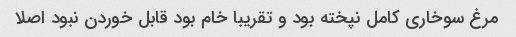
مرغ سوخاری کامل نپخته بود و تقریبا خام بود قابل خوردن نبود اصلا